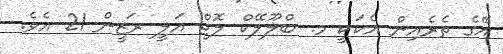
އޭގެ ތެރެއިން އެކަކީ މ. ބްލޫލޭކް ލޮޖް އަލީ ރަޒީން 21 އެވެ.